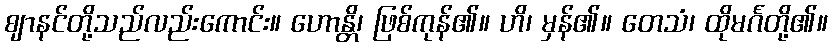
ဈာနင်တို့သည်လည်းကောင်း။ ဟောန္တိ၊ ဖြစ်ကုန်၏။ ဟိ၊ မှန်၏။ တေသံ၊ ထိုမင်္ဂတို့၏။